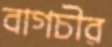
বাগচীর